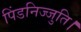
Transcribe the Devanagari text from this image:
पिंडनिज्जुति।